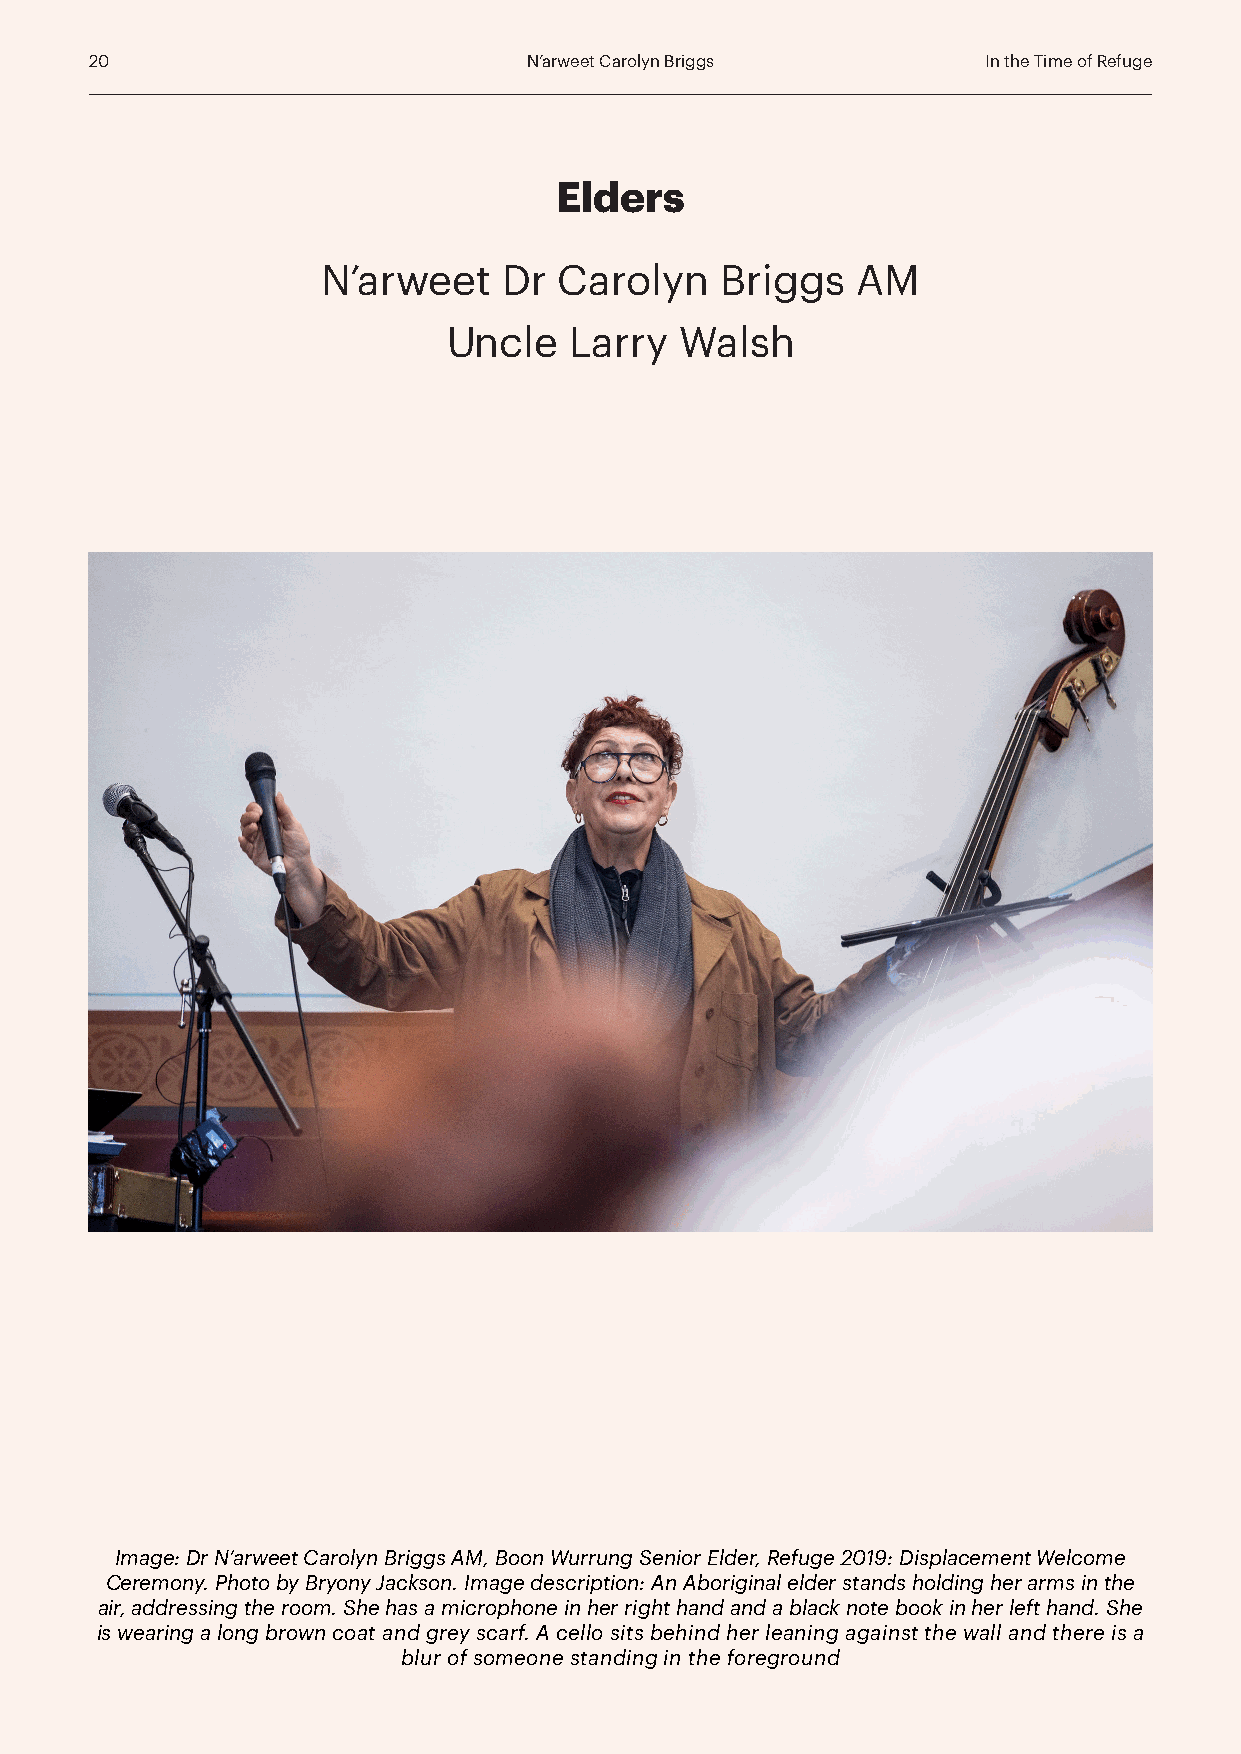
20                           N’arweet Carolyn Briggs       In the Time of Refuge
 Elders
 N’arweet    Dr  Carolyn    Briggs   AM
 Uncle   Larry  Walsh
 Image: Dr N’arweet Carolyn Briggs AM, Boon Wurrung Senior Elder, Refuge 2019: Displacement Welcome
 Ceremony. Photo by Bryony Jackson. Image description: An Aboriginal elder stands holding her arms in the
 air, addressing the room. She has a microphone in her right hand and a black note book in her left hand. She
 is wearing a long brown coat and grey scarf. A cello sits behind her leaning against the wall and there is a
 blur of someone standing in the foreground